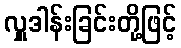
လှူဒါန်းခြင်းတို့ဖြင့်